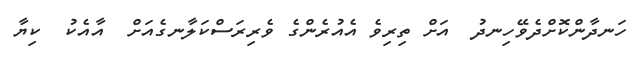
ހަނދާންކޮށްދެވޭހިނދު  އަށް ތިރިވެ އެއުރެންގެ ވެރިރަސްކަލާނގެއަށް  އާއެކު  ކިޔާ